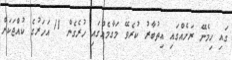
ގައި ހިމެނޭ ރަށެއްގައި އިތުބާރު ކުރެވޭ މަގާމެއްގައި ހުރެގެން 11 އަހަރުގެ ކުއްޖަކަށް